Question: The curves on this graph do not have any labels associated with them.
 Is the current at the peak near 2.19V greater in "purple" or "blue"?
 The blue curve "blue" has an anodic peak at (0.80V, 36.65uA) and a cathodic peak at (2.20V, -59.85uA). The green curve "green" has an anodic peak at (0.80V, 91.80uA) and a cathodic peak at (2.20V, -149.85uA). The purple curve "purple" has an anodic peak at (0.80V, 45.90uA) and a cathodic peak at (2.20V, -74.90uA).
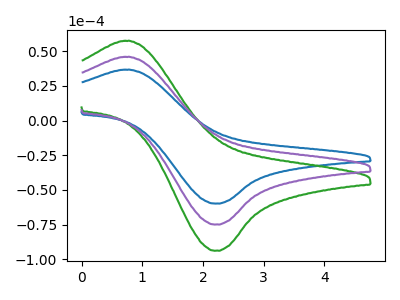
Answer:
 <answer>The peak at 2.19V is higher in "purple" than in "blue".</answer>
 <eval>higher</eval>